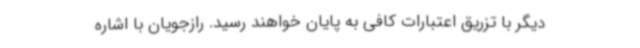
دیگر با تزریق اعتبارات کافی به پایان خواهند رسید. رازجویان با اشاره